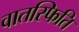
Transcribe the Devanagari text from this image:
वातस्फिति